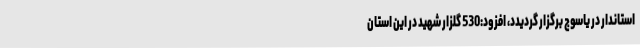
استاندار در یاسوج برگزار گردیدد، افزود:530 گلزار شهید در این استان